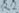
Text: R2